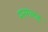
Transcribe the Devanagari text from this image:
मनगलह